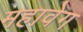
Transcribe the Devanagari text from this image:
महावेग